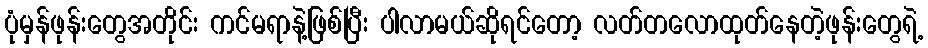
ပုံမှန်ဖုန်းတွေအတိုင်း ကင်မရာနဲ့ဖြစ်ပြီး ပါလာမယ်ဆိုရင်တော့ လတ်တလောထုတ်နေတဲ့ဖုန်းတွေရဲ့